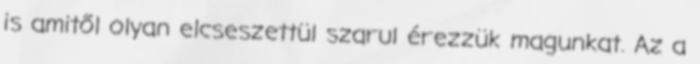
is amitől olyan elcseszettül szarul érezzük magunkat. Az a